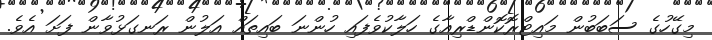
މިގޭހުގެ ސަބަބުން މައިޓްރޮކޮންޑްރިއާގެ ހަލާކުވެފައި ހުންނަ ބައިތައް އަލުން ރަނގަޅުވާން ފަށަ އެވެ.